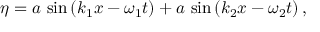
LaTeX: \eta = a \, \sin \left( k _ { 1 } x - \omega _ { 1 } t \right) + a \, \sin \left( k _ { 2 } x - \omega _ { 2 } t \right) ,